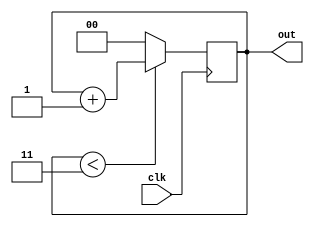
`timescale 1ns / 1ps

module counter(clk, out);
    input clk;
    output reg [1:0] out;
    
    always @(posedge clk)
        begin
            if(out < 2'b11)
                out <= out + 1;
            else
                out <= 2'b00;
        end
endmodule